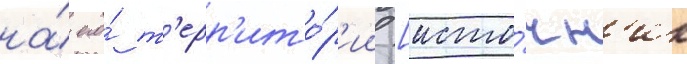
на́ его́ т'ерр'ито́р'ии [исто́чн'ик